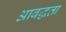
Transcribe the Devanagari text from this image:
आबद्धता